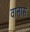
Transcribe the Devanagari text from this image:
वानास